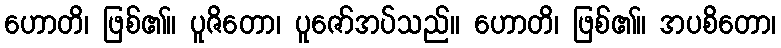
ဟောတိ၊ ဖြစ်၏။ ပူဇိတော၊ ပူဇော်အပ်သည်။ ဟောတိ၊ ဖြစ်၏။ အပစိတော၊